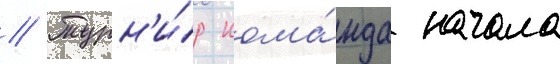
// Турн'и́р кома́нда начала